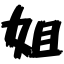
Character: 姐